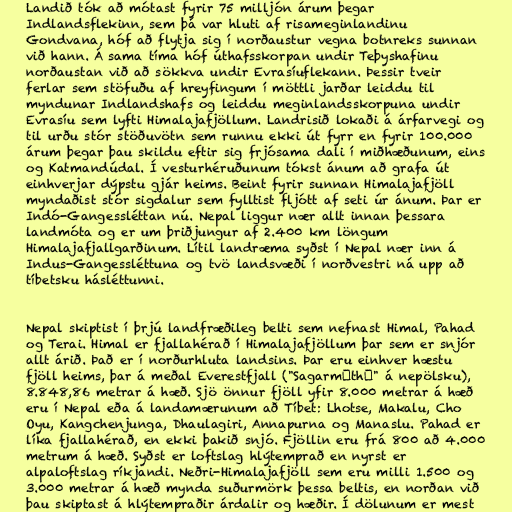
Landið tók að mótast fyrir 75 milljón árum þegar
Indlandsflekinn, sem þá var hluti af risameginlandinu
Gondvana, hóf að flytja sig í norðaustur vegna botnreks sunnan
við hann. Á sama tíma hóf úthafsskorpan undir Teþyshafinu
norðaustan við að sökkva undir Evrasíuflekann. Þessir tveir
ferlar sem stöfuðu af hreyfingum í möttli jarðar leiddu til
myndunar Indlandshafs og leiddu meginlandsskorpuna undir
Evrasíu sem lyfti Himalajafjöllum. Landrisið lokaði á árfarvegi og
til urðu stór stöðuvötn sem runnu ekki út fyrr en fyrir 100.000
árum þegar þau skildu eftir sig frjósama dali í miðhæðunum, eins
og Katmandúdal. Í vesturhéruðunum tókst ánum að grafa út
einhverjar dýpstu gjár heims. Beint fyrir sunnan Himalajafjöll
myndaðist stór sigdalur sem fylltist fljótt af seti úr ánum. Þar er
Indó-Gangessléttan nú. Nepal liggur nær allt innan þessara
landmóta og er um þriðjungur af 2.400 km löngum
Himalajafjallgarðinum. Lítil landræma syðst í Nepal nær inn á
Indus-Gangessléttuna og tvö landsvæði í norðvestri ná upp að
tíbetsku hásléttunni.

Nepal skiptist í þrjú landfræðileg belti sem nefnast Himal, Pahad
og Terai. Himal er fjallahérað í Himalajafjöllum þar sem er snjór
allt árið. Það er í norðurhluta landsins. Þar eru einhver hæstu
fjöll heims, þar á meðal Everestfjall ("Sagarmāthā" á nepölsku),
8.848,86 metrar á hæð. Sjö önnur fjöll yfir 8.000 metrar á hæð
eru í Nepal eða á landamærunum að Tíbet: Lhotse, Makalu, Cho
Oyu, Kangchenjunga, Dhaulagiri, Annapurna og Manaslu. Pahad er
líka fjallahérað, en ekki þakið snjó. Fjöllin eru frá 800 að 4.000
metrum á hæð. Syðst er loftslag hlýtemprað en nyrst er
alpaloftslag ríkjandi. Neðri-Himalajafjöll sem eru milli 1.500 og
3.000 metrar á hæð mynda suðurmörk þessa beltis, en norðan við
þau skiptast á hlýtempraðir árdalir og hæðir. Í dölunum er mest